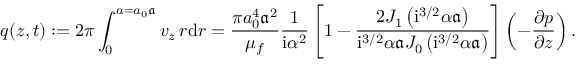
q ( z , t ) : = 2 \pi \int _ { 0 } ^ { a = a _ { 0 } \mathfrak { a } } v _ { z } \, r \mathrm { d } r = \frac { \pi a _ { 0 } ^ { 4 } \mathfrak { a } ^ { 2 } } { \mu _ { f } } \frac { 1 } { \mathrm { i } \alpha ^ { 2 } } \left[ 1 - \frac { 2 J _ { 1 } \left( \mathrm { i } ^ { 3 / 2 } { \alpha } \mathfrak { a } \right) } { \mathrm { i } ^ { 3 / 2 } { \alpha } \mathfrak { a } J _ { 0 } \left( \mathrm { i } ^ { 3 / 2 } { \alpha } \mathfrak { a } \right) } \right] \left( - \frac { \partial p } { \partial z } \right) .